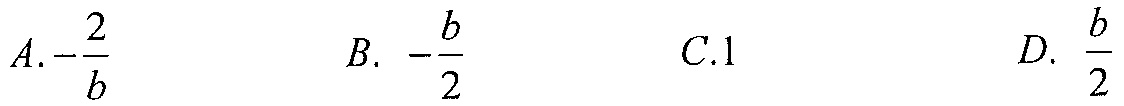
$A.-\frac{2}{b}\quad B. -\frac{b}{2}\quad C.1\quad D. \frac{b}{2}$